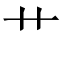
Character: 艹